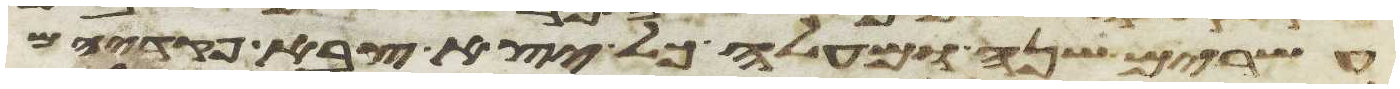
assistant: עשרים שנה ומעלה כל יצא צבא פקדיהם